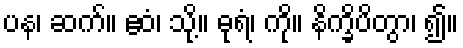
ပန၊ ဆက်။ ဧဝံ၊ သို့။ ဓုရံ၊ ကို။ နိက္ခိပိတွာ၊ ၍။